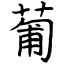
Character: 葡